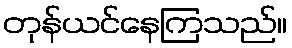
တုန်ယင်နေကြသည်။